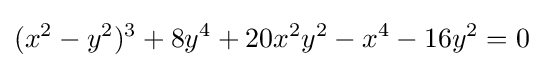
(x^{2}-y^{2})^{3}+8y^{4}+20x^{2}y^{2}-x^{4}-16y^{2}=0